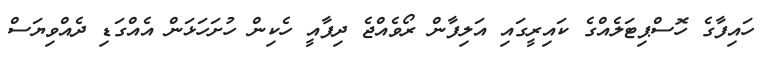
ހައިފާގެ ހޮސްޕިޓަލެއްގެ ކައިރީގައި އަލިފާން ރޯވެއްޖެ ދިފާއީ ހެކިން ހުށަހަޅަން އެއްގަޑި ދެއްވިޔަސް